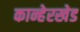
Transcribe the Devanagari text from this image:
कान्हेरखेड